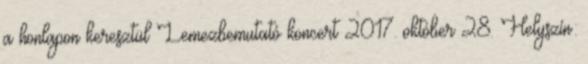
a honlapon keresztül Lemezbemutató koncert 2017. október 28. Helyszín: